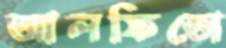
আলফিতো